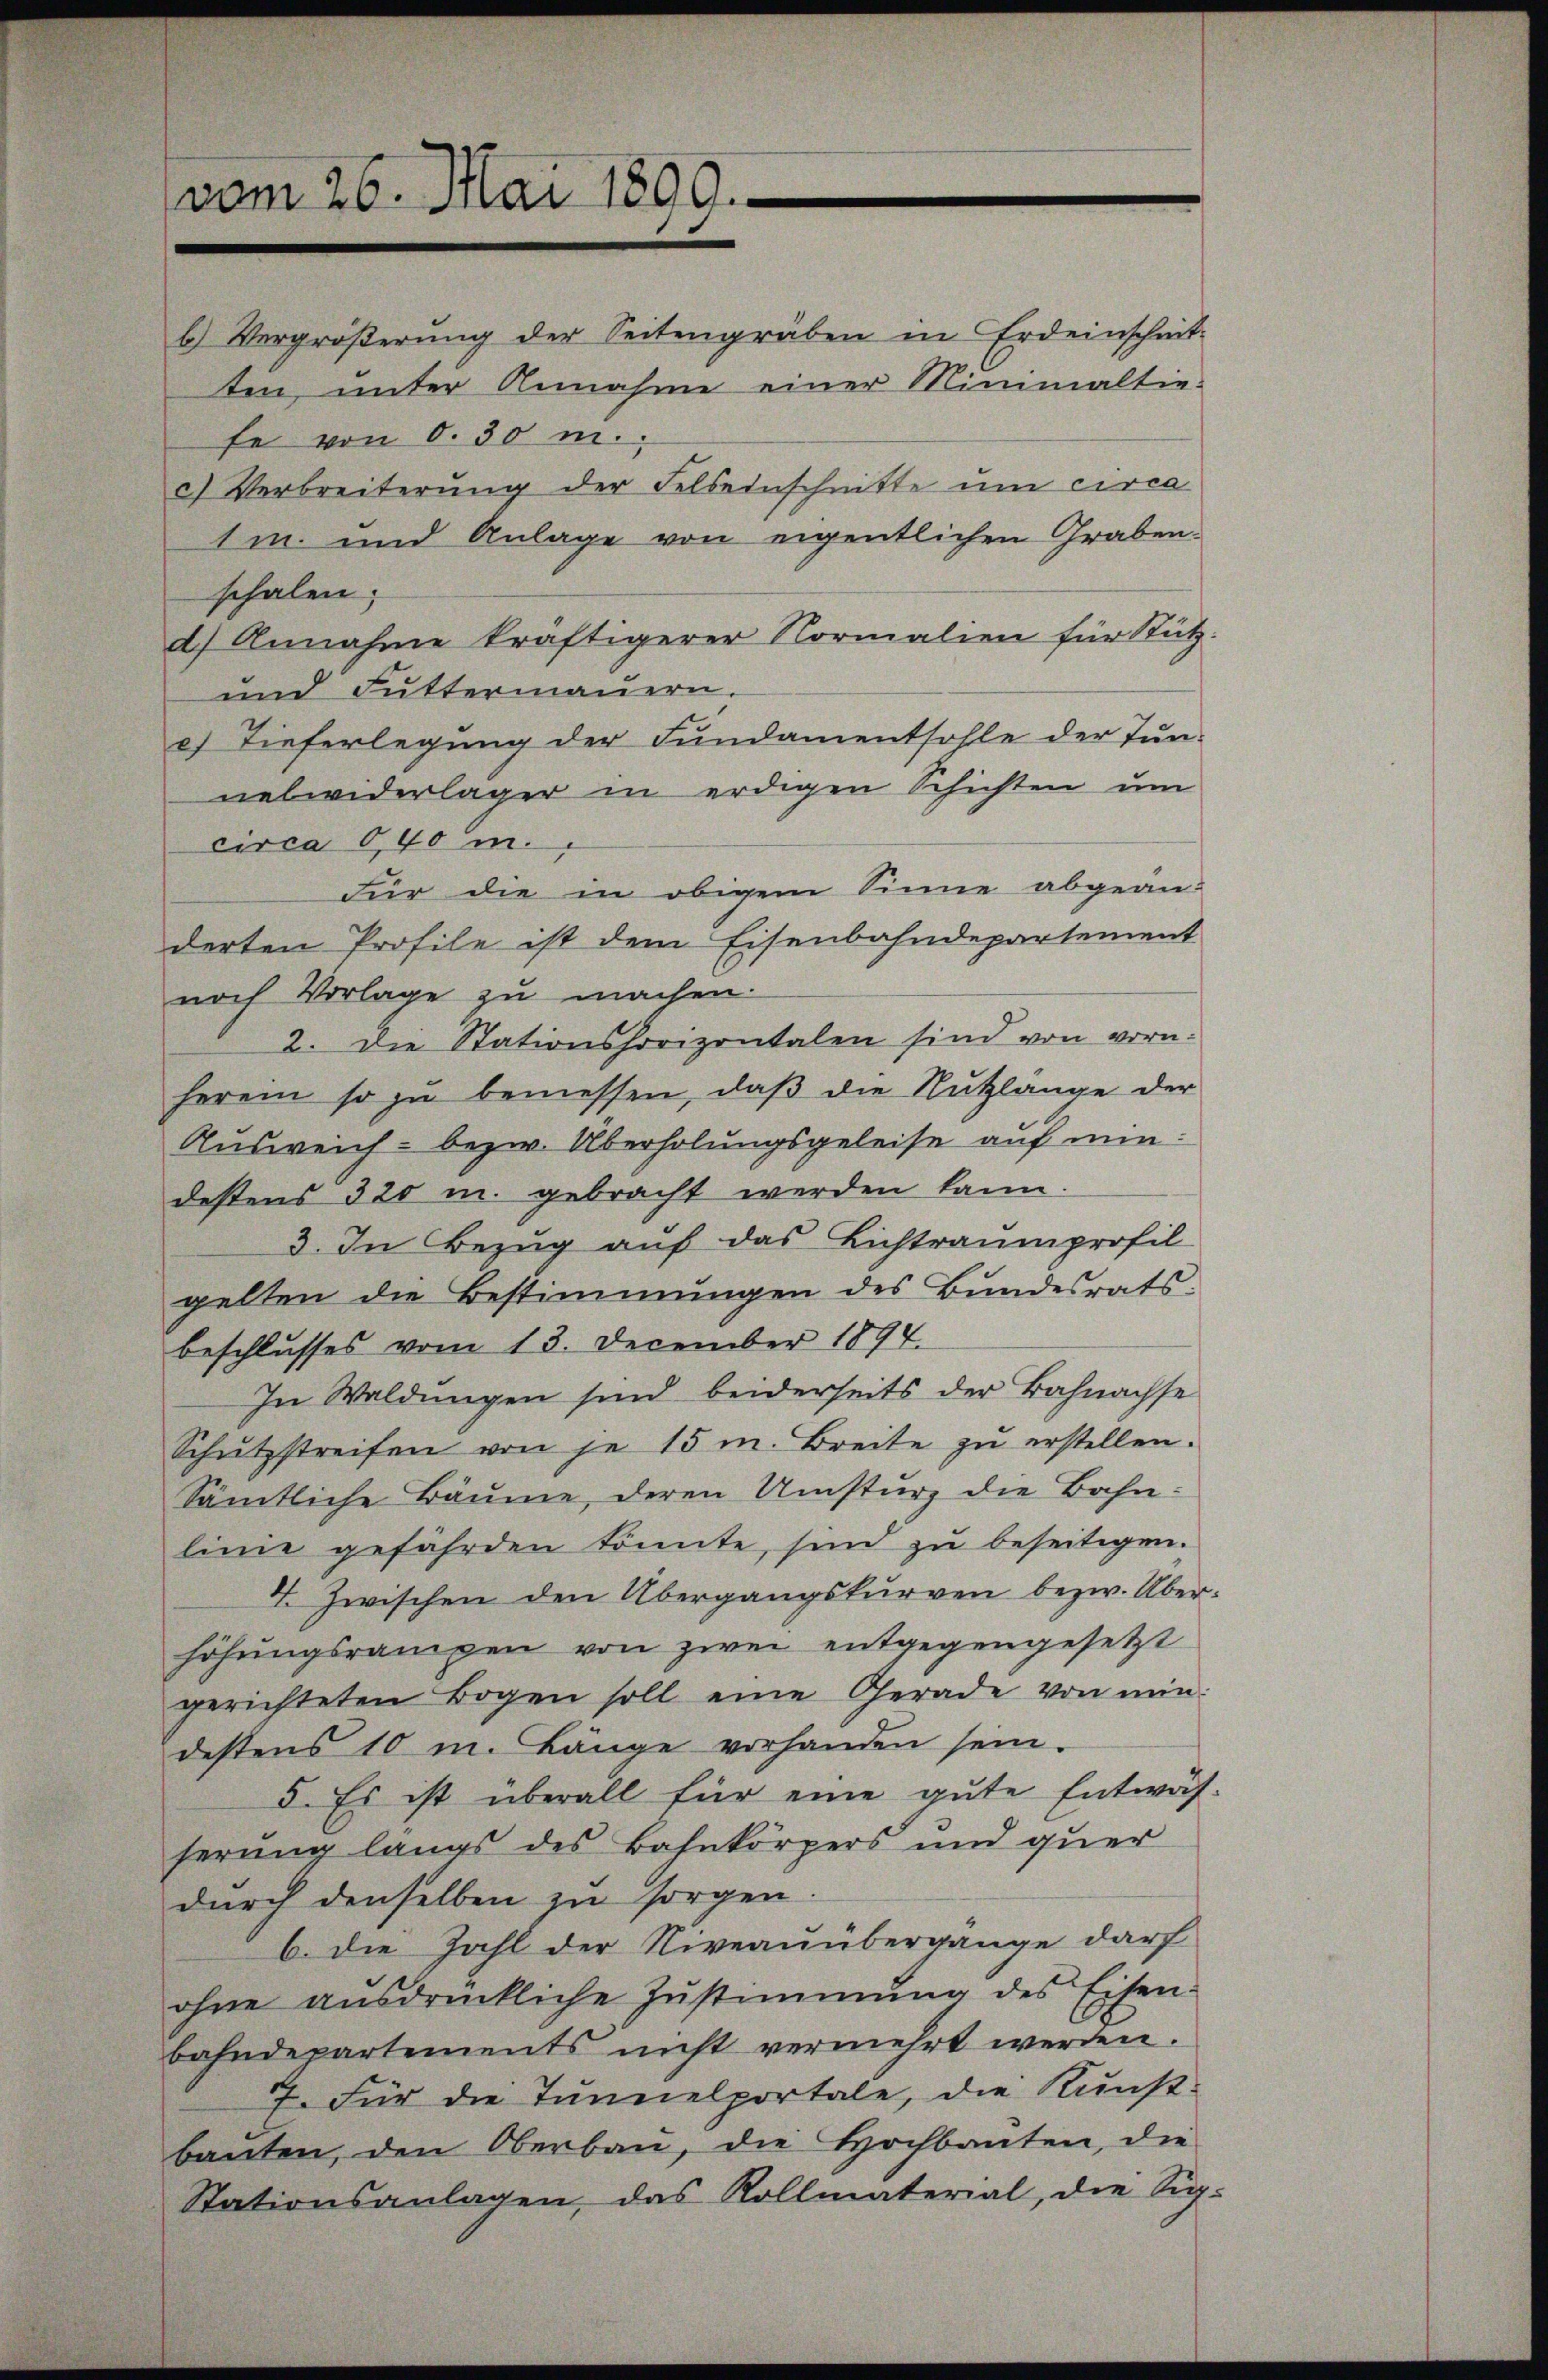
vom 26. Mai 1899.

b.) Vergrößerung der Seitengräben in Erdeinschmit-

ten, unter Annahme einer Minimaltie
fe von 0. 30 m.
c) Verbreiterung der Felseinschnitte um circa
1m und Anlage von eigentlichen Graben.
schalen.
d) Annahme kräftigerer Normalien für Stutz.
und Futtermauern.
c) Tieferlegung der Fundamentsohle der Tun-
nelwiderlager in erdigen Schichten um
circa 0,40 m.
Für die in obigem Sinne abgeänderten Profile ist dem Eisenbahndepartement
noch Vorlage zu machen.
2. Die Stationshorizontalen sind von vorn.
herein so zŭ bemessen, daβ die Nutzlange der
Ausweich - bezw. Überholungsgeleise auf min:
destens 320 m. gebracht werden kann.
3. In Bezug auf das Lichtraumprofil
gelten die Bestimmungen des Bundesrats-
beschlusses vom 13. December 1894.
In Waldungen sind beiderseits der Bahnachse
Schŭtzstreifen von je 15 m. Breite zŭ erstellen.
Sämtliche Bäume, deren Umsturz die Bahn:
linie gefährden könnte, sind zu beseitigen.
4. Zwischen den Übergangskurven bezw. Überhöhungsrangen von zwei entgegengesetzt
gerichteten Bogen soll eine Gerade von min
destens 10 m. Länge vorhanden sein.
5. Es ist überall für eine gute Entwäh-
serung langs des Bahnkörpers und quer
durch denselben zu sorgen.
b. die Zahl der Niveauübergange darf
ohne aŭsdrückliche Zŭstimmung des Eisen-
bahndepartements nicht vermehrt werden.
7. Für die Tunnelportale, die Kunst-
banten, den Oberbau, die Hochbauten, die
Stationsanlagen, das Kollmaterial, die Sig¬